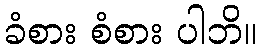
ခံစား စံစား ပါဘိ။